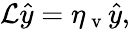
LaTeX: \mathcal{L}\hat{y}=\eta_{\mathrm{~v~}}\hat{y},